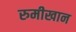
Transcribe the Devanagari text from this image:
रुमीखान